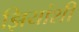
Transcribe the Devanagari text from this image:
झियांशी